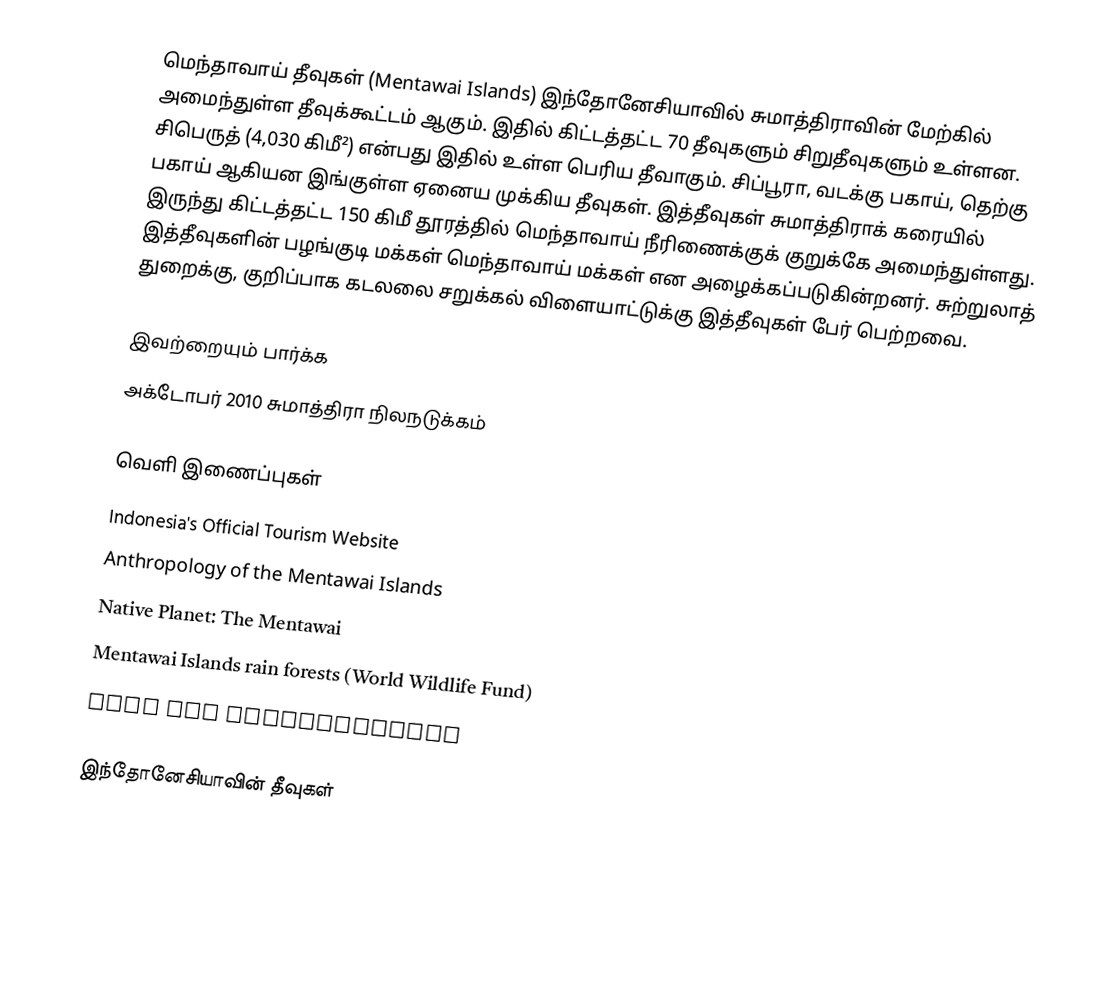
மெந்தாவாய் தீவுகள் (Mentawai Islands) இந்தோனேசியாவில் சுமாத்திராவின் மேற்கில் அமைந்துள்ள தீவுக்கூட்டம் ஆகும். இதில் கிட்டத்தட்ட 70 தீவுகளும் சிறுதீவுகளும் உள்ளன. சிபெருத் (4,030 கிமீ²) என்பது இதில் உள்ள பெரிய தீவாகும். சிப்பூரா, வடக்கு பகாய், தெற்கு பகாய் ஆகியன இங்குள்ள ஏனைய முக்கிய தீவுகள். இத்தீவுகள் சுமாத்திராக் கரையில் இருந்து கிட்டத்தட்ட 150 கிமீ தூரத்தில் மெந்தாவாய் நீரிணைக்குக் குறுக்கே அமைந்துள்ளது. இத்தீவுகளின் பழங்குடி மக்கள் மெந்தாவாய் மக்கள் என அழைக்கப்படுகின்றனர். சுற்றுலாத் துறைக்கு, குறிப்பாக கடலலை சறுக்கல் விளையாட்டுக்கு இத்தீவுகள் பேர் பெற்றவை.

இவற்றையும் பார்க்க
 அக்டோபர் 2010 சுமாத்திரா நிலநடுக்கம்

வெளி இணைப்புகள்
 Indonesia's Official Tourism Website
 Anthropology of the Mentawai Islands
 Native Planet: The Mentawai
 Mentawai Islands rain forests (World Wildlife Fund)
 Surf Aid International

இந்தோனேசியாவின் தீவுகள்